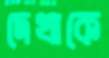
দেখাকে